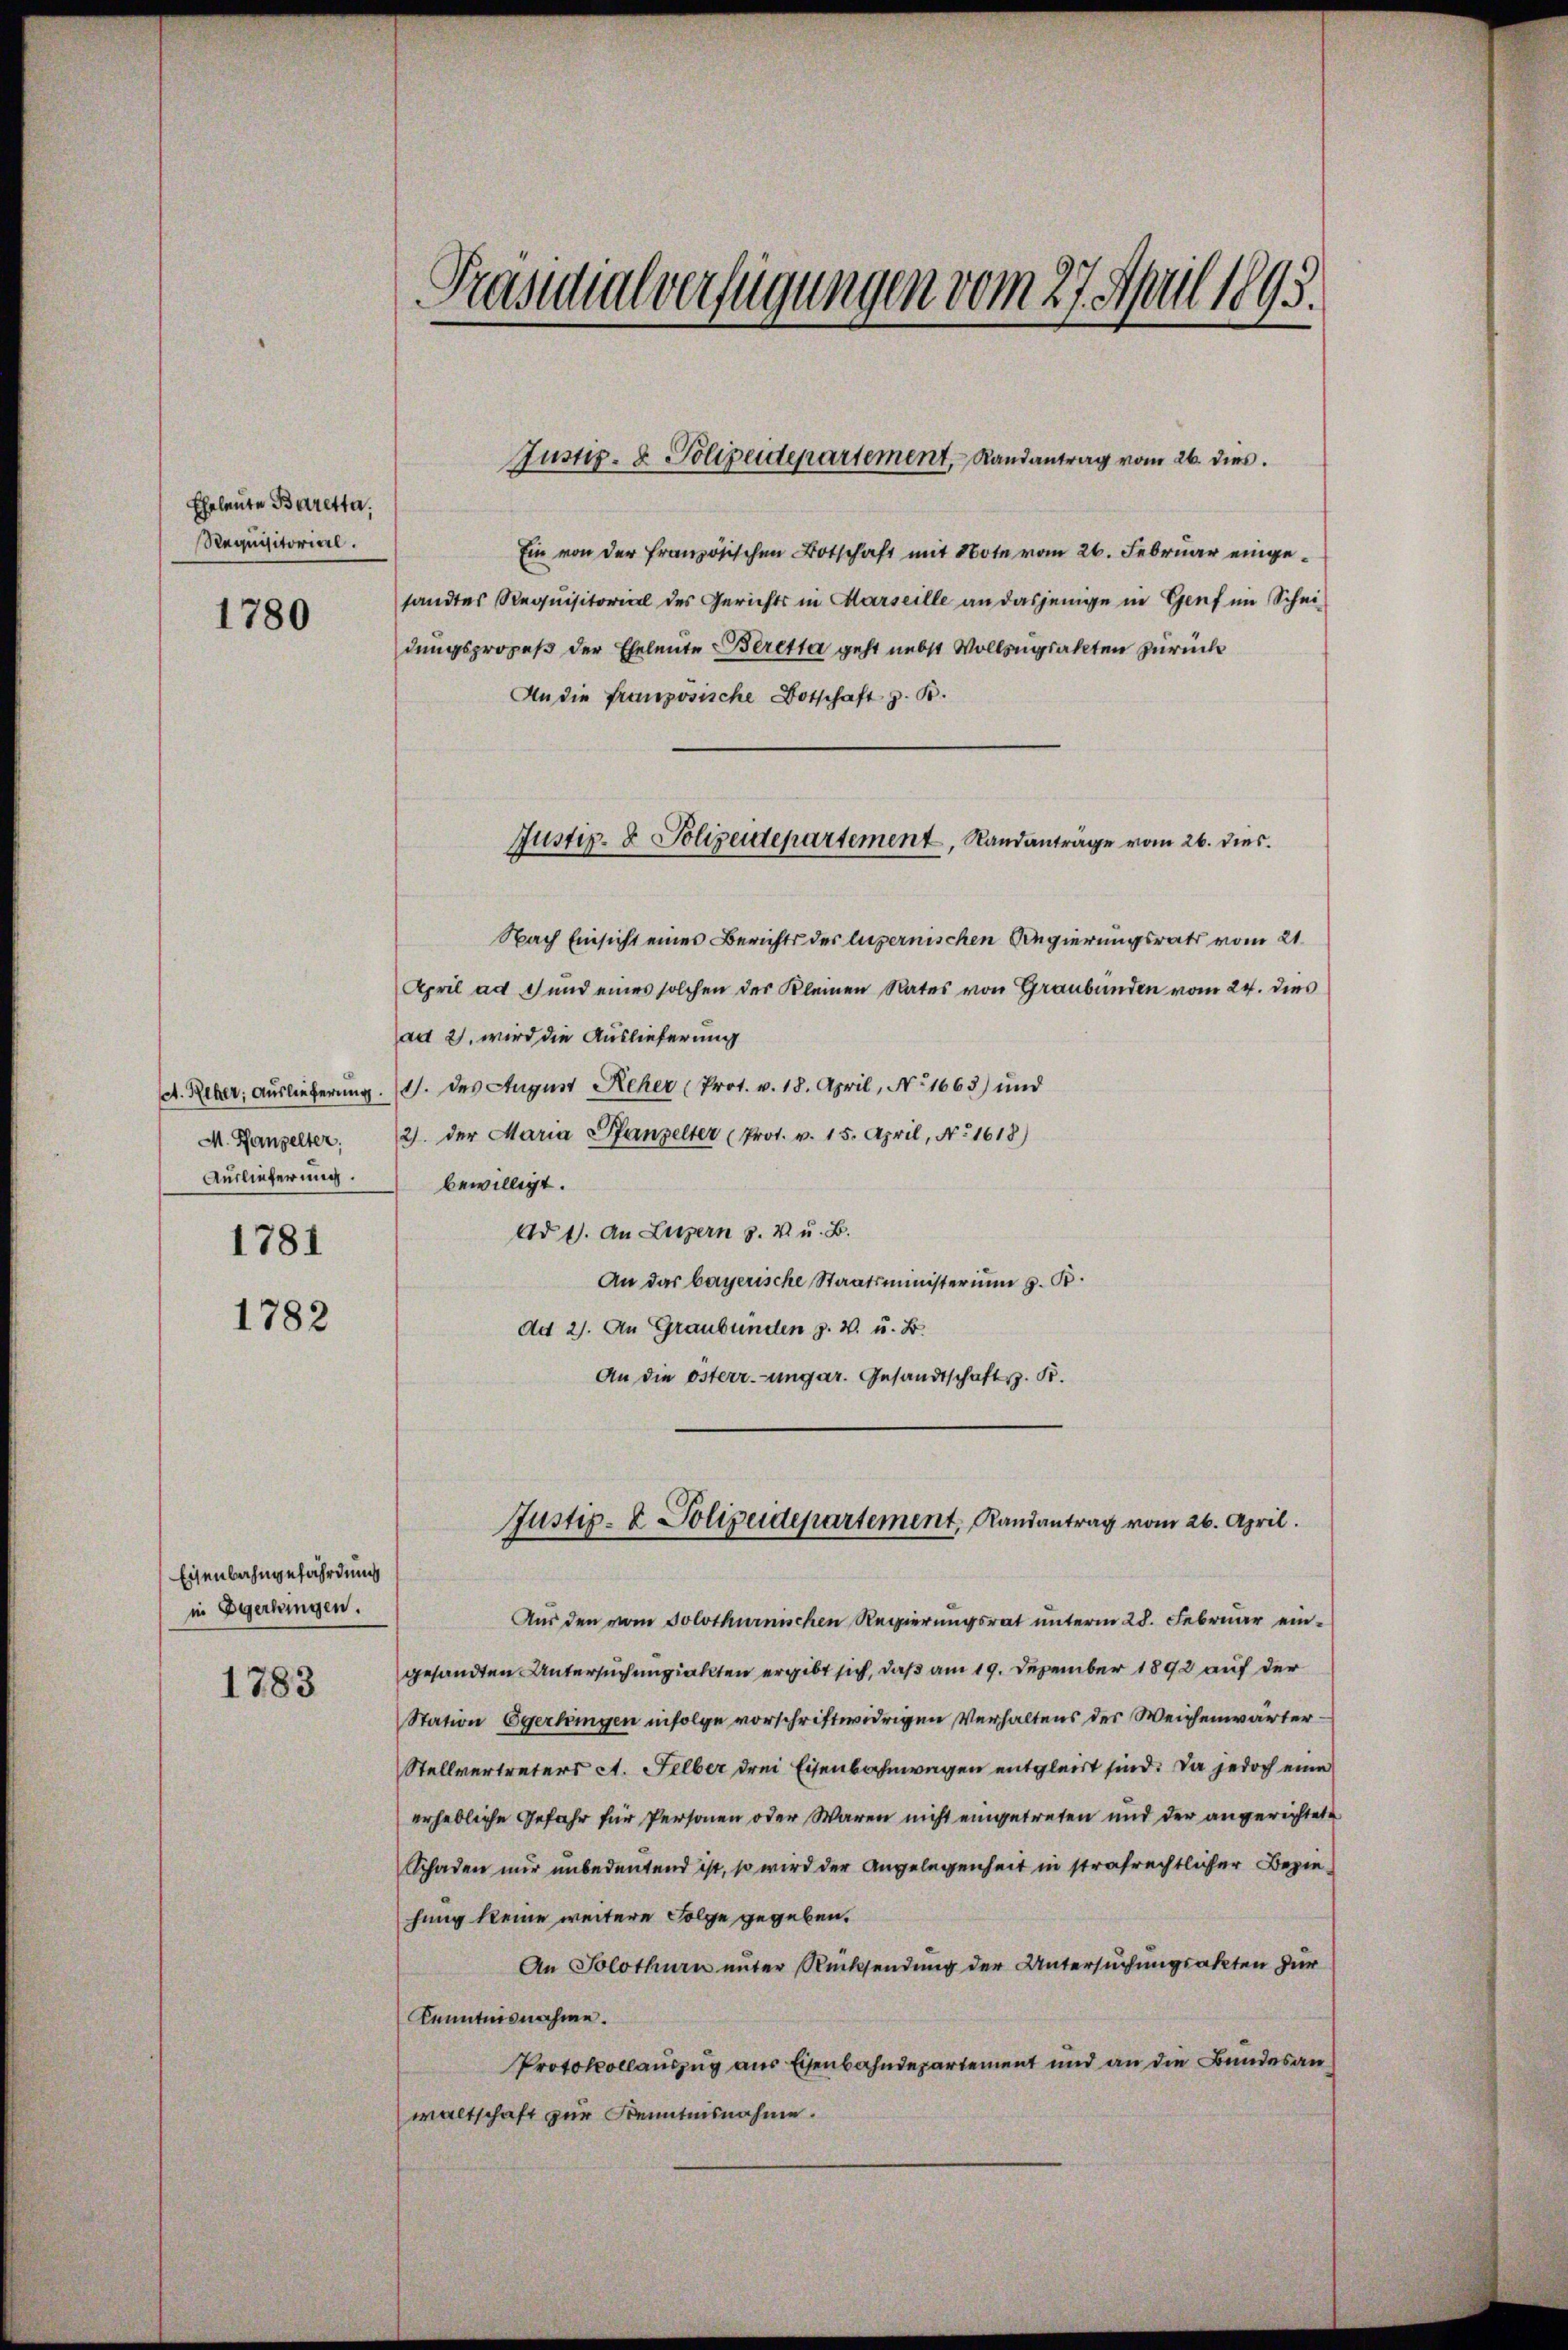
Eheleute Baretta.
Requisitorial.

1780

Auslieferung.
1781

1782

Eisenbahngefährdung
in Egerlingen.

1783

Präsidialverfügungen vom 27. April 1895.

Aus den vom Solothurnischen Regierungsrat unterm 28. Februar eingesandten Untersuchungsakten ergibt sich, daß am 19. Dezember 1892 auf der
Station Egerkingen infolge vorschriftwidrigen Verhaltens der Weichenwärter.
Stellvertreters A. Felber drei Eisenbahnwagen entgleicht sind. Da jedoch eine
erhebliche Gefahr für Personen oder Waren nicht eingetreten und der angerichtete
Schaden nur unbedeutend ist, so wird der Angelegenheit in strafrechtlicher Bezie-
hung keine weitere Folge gegeben.
An Solothurn unter Rücksendung der Untersuchungsakten zur
Kenntnisnahme.
Protokollauszug aus Eisenbahndepartement und an die Bundesanwaltschaft zur Kenntnisnahme.

Ein von der französischen Botschaft mit Note vom 26. Februar eingesandtes Requisitorial des Gerichts in Marseille an dasjenige in Genf im Schei
dungsprozeß der Eheleute Beretter geht nebst Vollsngsakten zurück
An die Französische Botschaft z. B.
Nach Einsicht eines Berichts der luzernischen Regierungsrats vom 21.
April ad 1 und eines solchen der Kleinen Rates von Graubünden vom 24. dies
ad 2. wird die Auslieferung
A. Reber, Auslieferung. . des August Reher (Prot. v. 18. April, No 1663) und
M. Kanzelter. 12. der Maria Pfanzelter (Prot. v. 15. April, No. 1618)
bewilligt.
Ad 1. An Luzern 8. V. u. B.
An das bayerische Staatsministerium z. B.
Ad 2). An Graubünden z. W. u. B.
An die Osterr.-ungar. Gesandtschaft z. B.

Justiz- & Polizeidepartement, Randantrag vom 26. dies

Justiz- & Polizeidepartement, Standanträge vom 26. dies

Justiz- & Polizeidepartement, Randantrag vom 26. April.